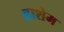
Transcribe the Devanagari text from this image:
हाशेम